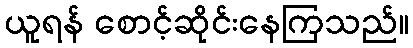
ယူရန် စောင့်ဆိုင်းနေကြသည်။